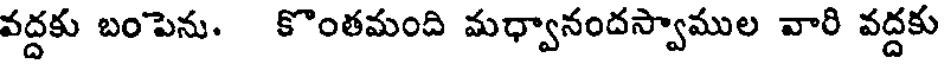
వద్దకు బంపెను. కొంతమంది మధ్వానందస్వాముల వారి వద్దకు